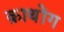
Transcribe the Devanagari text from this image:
क्राथोंग